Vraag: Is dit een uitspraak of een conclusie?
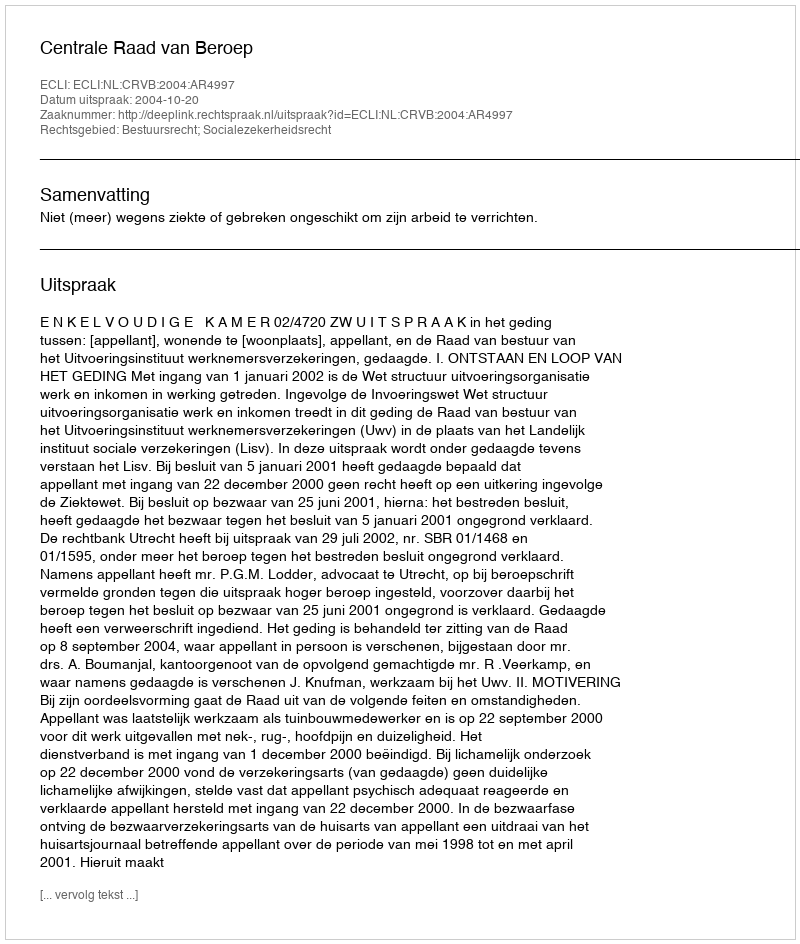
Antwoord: Uitspraak